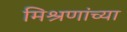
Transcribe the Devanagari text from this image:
मिश्रणांच्या